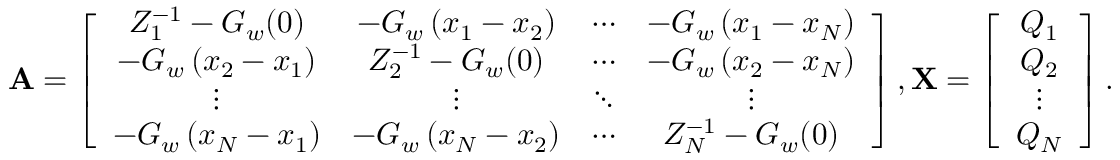
\mathbf { A } = \left[ \begin{array} { c c c c } { Z _ { 1 } ^ { - 1 } - G _ { w } ( 0 ) } & { - G _ { w } \left( x _ { 1 } - x _ { 2 } \right) } & { \cdots } & { - G _ { w } \left( x _ { 1 } - x _ { N } \right) } \\ { - G _ { w } \left( x _ { 2 } - x _ { 1 } \right) } & { Z _ { 2 } ^ { - 1 } - G _ { w } ( 0 ) } & { \cdots } & { - G _ { w } \left( x _ { 2 } - x _ { N } \right) } \\ { \vdots } & { \vdots } & { \ddots } & { \vdots } \\ { - G _ { w } \left( x _ { N } - x _ { 1 } \right) } & { - G _ { w } \left( x _ { N } - x _ { 2 } \right) } & { \cdots } & { Z _ { N } ^ { - 1 } - G _ { w } ( 0 ) } \end{array} \right] , \mathbf { X } = \left[ \begin{array} { c } { Q _ { 1 } } \\ { Q _ { 2 } } \\ { \vdots } \\ { Q _ { N } } \end{array} \right] .